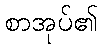
စာအုပ်၏